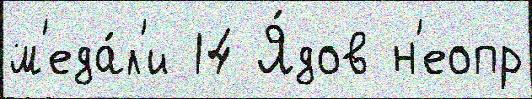
м'еда́л'и 14 Я́дов н'еопр